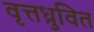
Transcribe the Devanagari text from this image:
वृत्तध्रुवित